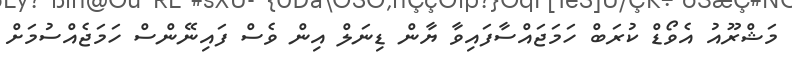
މަޝްރޫއު އެވޯޑް ކުރަބް ހަމަޖައްސާފައިވާ ޔާން ޑިނަލް އިން ވެސް ފައިނޭންސް ހަމަޖެއްސުމަށް